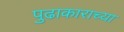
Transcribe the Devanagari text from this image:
पुढाकाराच्या